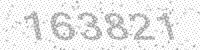
Solution: 163821